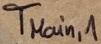
Text: TMain,1